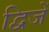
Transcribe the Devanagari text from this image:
द्विजें